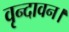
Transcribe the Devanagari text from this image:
वृन्दावन।